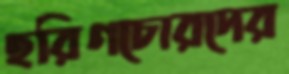
হরিণচোরদের